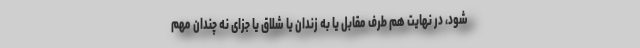
شود، در نهایت هم طرف مقابل یا به زندان یا شلاق یا جزای نه چندان مهم